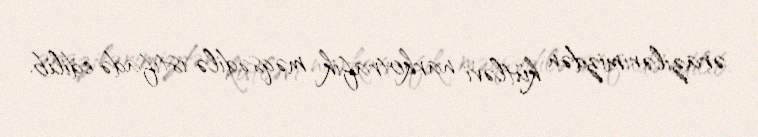
ərazilərimizdən kütləvi narkotrafik məqsədilə istifadə edilib.